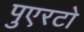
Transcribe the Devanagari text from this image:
पुएरटो